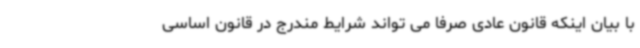
با بیان اینکه قانون عادی صرفاً می تواند شرایط مندرج در قانون اساسی